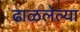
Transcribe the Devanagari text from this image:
ढाळलेल्या